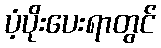
ပံ့ပိုးပေးရာတွင်